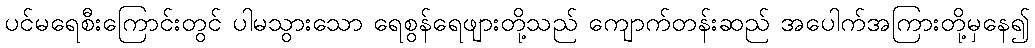
ပင်မရေစီးကြောင်းတွင် ပါမသွားသော ရေစွန်ရေဖျားတို့သည် ကျောက်တန်းဆည် အပေါက်အကြားတို့မှနေ၍